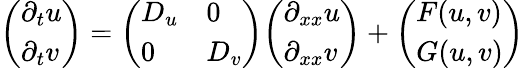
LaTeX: {\left(\begin{array}{l}{\partial_{t}u}\\ {\partial_{t}v}\end{array}\right)}={\left(\begin{array}{ll}{D_{u}}&{0}\\ {0}&{D_{v}}\end{array}\right)}{\left(\begin{array}{l}{\partial_{xx}u}\\ {\partial_{xx}v}\end{array}\right)}+{\left(\begin{array}{l}{F(u,v)}\\ {G(u,v)}\end{array}\right)}